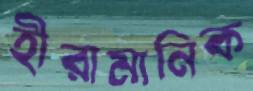
হীরামানিক